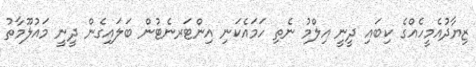
ޒިޔާދުއެމީހެއްގެ ކިބައި ދީނީ އިލްމު ނެތި ހަމައެކަނި އިންޓަރނެޓުން ބަލައިގެން ދީނީ މައުލޫމާތު